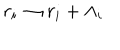
LaTeX: r _ { i } \rightarrow r _ { i } + \Lambda _ { i }